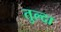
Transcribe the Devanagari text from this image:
तुल्दा